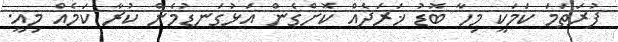
ފުރަތަމަ ކަމަކީ މިހާ ބޮޑު ޚަރަދެއް ކޮށްގެން އަޅުގަނޑުމެން ކުރާ ކަމެއް މިއީ.